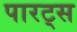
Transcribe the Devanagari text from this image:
पारट्स